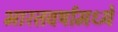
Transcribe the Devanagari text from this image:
भारतवर्षामध्ये